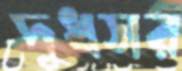
দুধসর